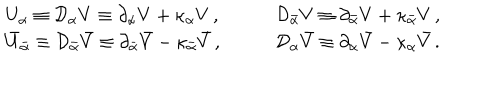
\begin{array} { l l } { { U _ { \alpha } \equiv { \cal D } _ { \alpha } V \equiv \partial _ { \alpha } V + \kappa _ { \alpha } V \, , \qquad } } & { { { \cal D } _ { \bar { \alpha } } V \equiv \partial _ { \bar { \alpha } } V + \kappa _ { \bar { \alpha } } V \, , } } \\ { { \bar { U } _ { \bar { \alpha } } \equiv { \cal D } _ { \bar { \alpha } } \bar { V } \equiv \partial _ { \bar { \alpha } } \bar { V } - \kappa _ { \bar { \alpha } } \bar { V } \, , \qquad } } & { { { \cal D } _ { \alpha } \bar { V } \equiv \partial _ { \alpha } \bar { V } - \kappa _ { \alpha } \bar { V } \, . } } \\ \end{array}